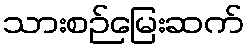
သားစဉ်မြေးဆက်